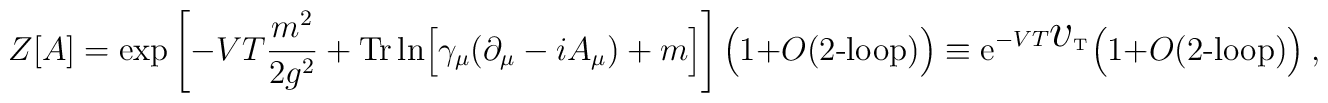
Z[A]=	\exp \left[ - VT { m^{2}\over 2g^{2}} + {\rm Tr} \ln \Bigl[ 	\gamma_{\mu} \bigl( \partial_{\mu}	- iA_{\mu}\bigr)  + m \Bigr] \right]   	\Bigl( 1 + O(\mbox{$2$-loop}) \Bigr)  	\equiv{\mathrm e}^{-VT {\mbox{\Large$v$}}_{\rm T}}            \Bigl( 1 + O(\mbox{$2$-loop}) \Bigr)   \ ,